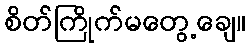
စိတ်ကြိုက်မတွေ့ချေ။